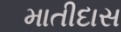
માતીદાસ